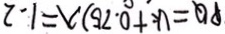
P Q = ( k + 0 . 7 5 ) \lambda = 1 . 2